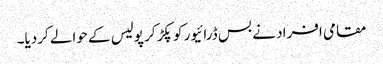
مقامی افراد نے بس ڈرائیور کو پکڑ کر پولیس کے حوالے کردیا۔